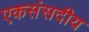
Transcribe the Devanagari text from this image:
एकसंसदीय